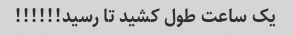
یک ساعت طول کشید تا رسید!!!!!!